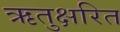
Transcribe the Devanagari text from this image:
ऋतुक्षरित